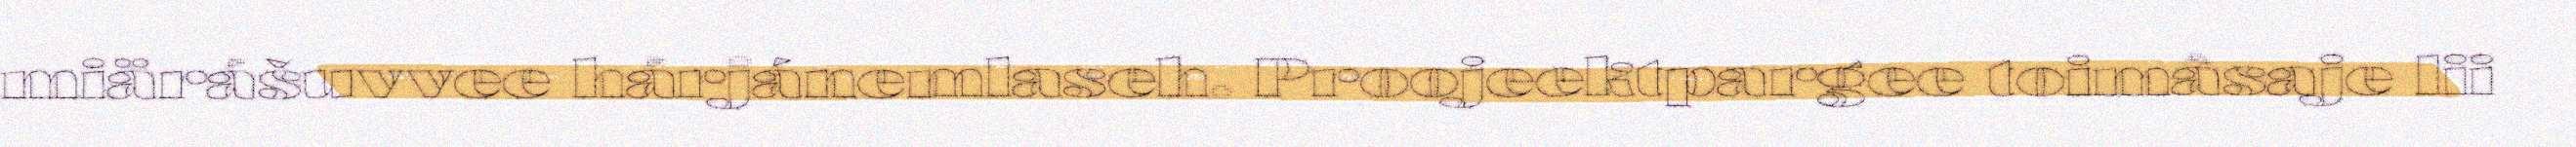
miärášuvvee hárjánemlaseh. Proojeektpargee toimâsaje lii